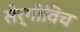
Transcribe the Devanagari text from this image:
सेर्गीविच